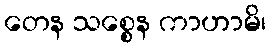
တေန သစ္စေန ကာဟာမိ၊